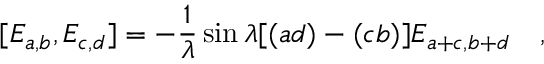
[ E _ { a , b } , E _ { c , d } ] = - { \frac { 1 } { \lambda } } \sin { \lambda [ ( a d ) - ( c b ) ] } E _ { a + c , b + d } \quad ,